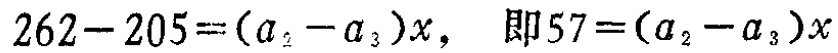
\(262 - 205 = (a_{2}-a_{3})x,\ 即57=(a_{2}-a_{3})x\)